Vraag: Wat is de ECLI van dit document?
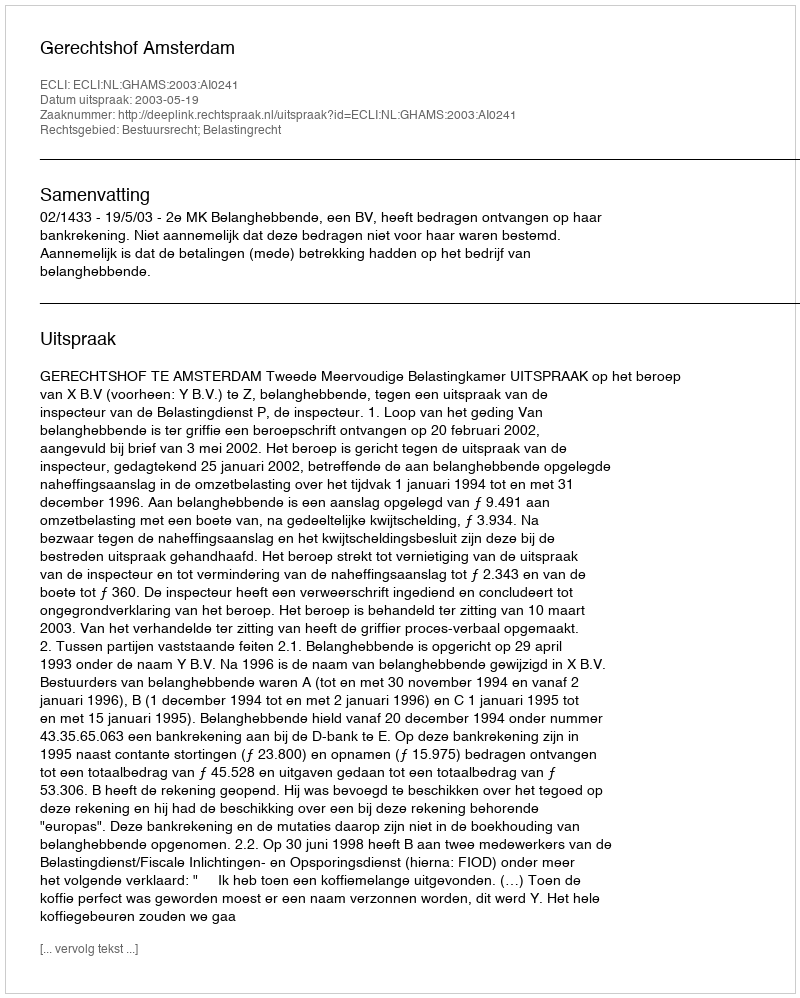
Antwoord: ECLI:NL:GHAMS:2003:AI0241